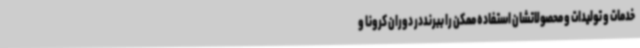
خدمات و تولیدات و محصولاتشان استفاده ممکن را ببرنددر دوران کرونا و